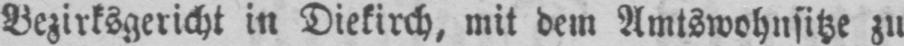
Bezirksgericht in Diekirch, mit dem Amtswohnsitze zu